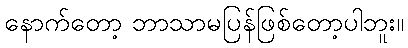
နောက်တော့ ဘာသာမပြန်ဖြစ်တော့ပါဘူး။